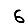
Digit: 6